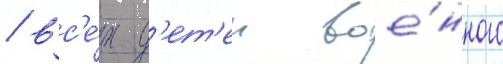
/ вс'е́х д'ет'еи вое́нного